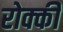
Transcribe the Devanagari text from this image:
रोक्की